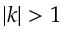
| k | > 1